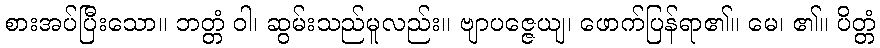
စားအပ်ပြီးသော။ ဘတ္တံ ဝါ၊ ဆွမ်းသည်မူလည်း။ ဗျာပဇ္ဇေယျ၊ ဖောက်ပြန်ရာ၏။ မေ၊ ၏။ ပိတ္တံ